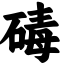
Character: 碡